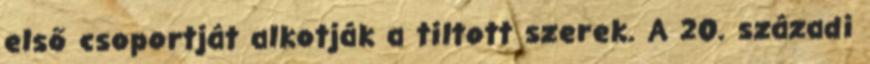
első csoportját alkotják a tiltott szerek. A 20. századi